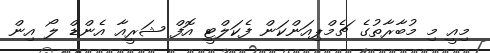
މިއީ މި މުބާރާތުގެ ޗެމްޕިއަންކަން ފެކަލްޓީ އޮފް ޝަރީއާ އެންޑް ލޯ އިން